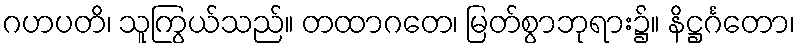
ဂဟပတိ၊ သူကြွယ်သည်။ တထာဂတေ၊ မြတ်စွာဘုရား၌။ နိဋ္ဌင်္ဂတော၊